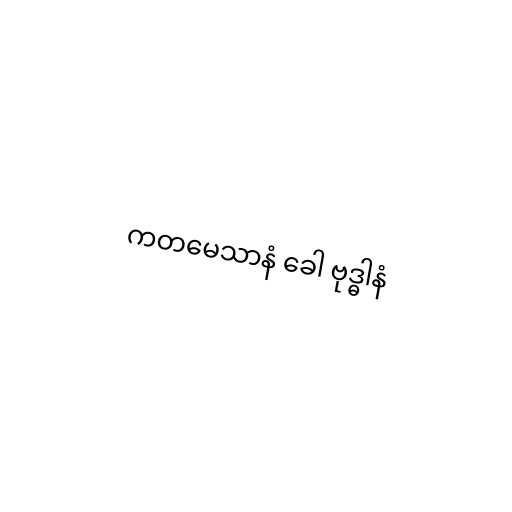
ကတမေသာနံ ခေါ ဗုဒ္ဓါနံ